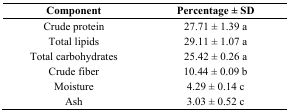
<table><thead><tr><td><b>Component</b></td><td><b>Percentage ± SD</b></td></tr></thead><tbody><tr><td>Crude protein</td><td>27.71 ± 1.39 a</td></tr><tr><td>Total lipids</td><td>29.11 ± 1.07 a</td></tr><tr><td>Total carbohydrates</td><td>25.42 ± 0.26 a</td></tr><tr><td>Crude fiber</td><td>10.44 ± 0.09 b</td></tr><tr><td>Moisture</td><td>4.29 ± 0.14 c</td></tr><tr><td>Ash</td><td>3.03 ± 0.52 c</td></tr></tbody></table>